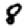
Digit: 8